Lunatic asylums Bombay report 1891-1903 - 1891-1903
Year: 1891
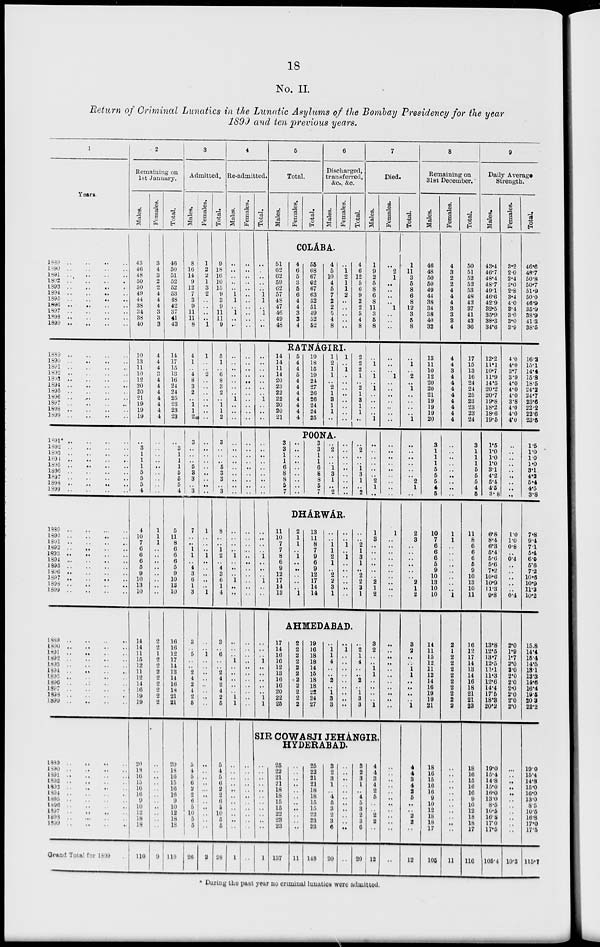
18
No. II.
Return of Criminal Lunatics in the Lunatic Asylums of the Bombay Presidency for the year
1899 and ten previous years.
1
Years.
1889 .. .. .. ..
1890 .. .. .. ..
1891 .. .. .. ..
1892 .. .. .. ..
1893 .. .. .. ..
1894 .. .. .. ..
1895 .. .. .. ..
1896
..
..
..
..
1897
..
..
..
..
1898 .. .. .. ..
1899
..
..
..
..
1889 .. .. .. ..
1890 .. .. .. ..
1891
..
..
..
..
1892 .. .. .. ..
1893 .. .. .. ..
1894
..
..
..
..
1895 .. .. .. ..
1896.. .. .. ..
1897
..
..
..
..
1898
..
..
..
..
1899 .. .. .. ..
1891* .. .. .. ..
1892
..
..
..
..
1893
..
..
..
..
1894 .. .. .. ..
1895
..
..
..
..
1896
..
..
..
..
1897
..
..
..
..
1898 .. .. .. ..
1999
..
..
..
..
1889 .. .. .. ..
1890
..
..
..
..
1891
..
..
..
..
1892
..
..
..
..
1693
..
..
..
..
1894
..
..
..
..
1895
..
..
..
..
1896
..
..
..
..
1897
..
..
..
..
1898
..
..
..
..
1899
..
..
..
..
1889 .. .. .. ..
1890 .. .. .. ..
1891
..
..
..
..
1892
..
..
..
..
1893
..
..
..
..
1894
..
..
..
..
1895
..
..
..
..
1896 .. .. .. ..
1897 .. .. .. ..
1898
..
..
..
..
1899
..
..
..
..
1889 .. .. .. ..
1890
..
..
..
..
1891.. .. .. ..
1892
..
..
..
..
1893
..
..
..
..
1894
..
..
..
..
1895
..
..
..
..
1896
..
..
..
..
1897.. .. .. ..
1898
..
..
..
..
1899..
..
..
..
Grand Total for 1899 ..
2
Remaining on
1st January.
Males.
43
46
48
50
50
49
44
38
34
88
40
10
13
11
10
12
20
20
21
19
19
19
..
3
1
1
1
5
5
5
4
4
10
7
6
6
6
5
9
10
13
10
14
14
11
15
12
11
12
14
16
19
19
20
18
16
15
16
16
9
10
12
18
18
110
Females.
3
4
3
2
2
4
4
4
3
3
3
4
4
4
3
4
4
4
4
4
4
4
..
..
..
..
..
..
..
..
..
1
1
1
..
..
..
..
..
..
..
..
2
2
1
2
2
2
2
2
2
2
2
..
..
..
..
..
..
..
..
..
..
..
9
Total.
46
50
51
52
52
53
48
42
37
41
43
14
17
15
13
16
24
24
25
23
23
23
..
3
1
1
1
5
5
5
4
5
11
8
6
6
6
5
9
10
13
10
16
16
12
17
14
13
14
16
18
21
21
20
18
16
15
16
16
9
10
12
18
18
119
3
Admitted.
Males.
8
16
14
9
12
7
3
9
11
11
8
4
1
..
4
8
3
2
..
1
1
2
3
..
..
..
5
3
3
..
3
7
..
..
1
1
..
4
3
6
1
3
3
..
5
..
..
2
4
2
4
2
5
5
4
5
6
2
2
6
5
10
5
5
26
Females.
1
2
2
1
3
2
..
..
..
..
1
1
..
..
2
..
..
..
..
..
..
..
..
..
..
..
..
..
..
..
..
1
..
..
..
1
..
..
..
..
..
1
..
..
..
..
..
..
..
..
..
..
..
..
..
..
..
..
..
..
..
..
..
..
2
Total.
9
18
16
10
15
9
3
9
11
11
9
5
1
..
6
8
3
2
..
1
1
2
3
..
..
..
5
3
3
..
3
8
..
..
1
2
..
4
3
6
1
4
3
..
6
..
..
2
4
2
4
2
5
5
4
5
6
2
2
6
5
10
5
5
28
4
Re-admitted.
Males.
..
..
..
..
..
1
1
..
1
..
..
..
..
..
..
..
..
..
1
..
..
..
..
..
..
..
..
..
..
..
..
..
..
..
..
1
..
..
..
1
..
..
..
..
..
1
..
..
..
..
..
1
1
..
..
..
..
..
..
..
..
..
..
..
1
Females.
..
..
..
..
..
..
..
..
..
..
..
..
..
..
..
..
..
..
..
..
..
..
..
..
..
..
..
..
..
..
..
..
..
..
..
..
..
..
..
..
..
..
..
..
..
..
..
..
..
..
..
..
..
..
..
..
..
..
..
..
..
..
..
..
..
Total.
..
..
..
..
..
1
1
..
1
..
..
..
..
..
..
..
..
..
1
..
..
..
..
..
..
..
..
..
..
..
..
..
..
1
..
..
..
1
..
..
..
..
..
1
..
..
..
..
..
1
1
5
Total.
Males.
Females.
Total.
6
Discharged,
transferred,
&c., &c.
Males.
Females.
Total.
COLÁBA.
51
62
62
59
62
57
48
47
46
49
48
4
6
5
3
5
6
4
4
3
3 4
55
68
67
62
67
63
52
51
49
52
52
4
5
10
4
5
7
2
2
5
4
8
..
1
2
1
1
2
..
..
..
..
..
4
6
12
6
6
9
2
2
5
4
8
RATNÁGIRI
14
14
11
14
20
23
22
22
20
20
21
5
4
4
5
4
4
4
4
4
4
4
19
18
15
19
24
27
26
26
24
24
25
1
2
1
1
..
2
1
3
1
1
..
1
..
1
..
..
..
..
..
..
..
..
2
2
2
1
..
2
1
3
1
1
..
POONA.
3
3
1
1
6
8
8
5
7
..
..
..
..
..
..
..
..
..
3
3
1
1
6
8
8
5
7
..
2
..
..
1
3
1
..
..
..
..
..
..
..
..
..
..
..
..
2
..
..
1
3
1
..
..
DHÁRWÁR.
11
10
7
7
8
6
9
12
17
14
13
2
1
1
..
1
..
..
..
..
..
1
13
11
8
7
9
6
9
12
17
14
14
..
..
1
1
2
1
..
2
2
3
1
..
..
1
..
1
..
..
..
..
..
..
..
..
2
1
3
1
..
2
2
3
1
7
Died.
Males.
1
9
2
5
8
6
8
11
3
5
8
..
1
..
1
..
1
..
..
..
..
1
..
..
..
..
..
..
2
1
..
1
3
..
..
..
..
..
..
2
1
2
AHMEDABAD.
17
14
16
16
12
13
16
16
20
22
25
2
2
2
2
2
2
2
2
2
2
2
19
16
18
18
14
15
18
18
22
24
27
..
1
1
4
..
..
2
..
1
3
3
..
1
..
..
..
..
..
..
..
..
..
..
2
1
4
..
..
2
..
1
3
3
3
2
..
..
1
1
..
..
..
..
1
SIR COWASJI JEHÁNGIR,
HYDERABAD.
..
..
..
..
..
..
..
..
..
..
..
1
25
22
21
21
18
18
15
15
22
23
23
137
..
..
..
..
..
..
..
..
..
..
..
11
25
22
21
21
18
18
15
15
22
23
23
148
3
2
3
1
..
4
5
3
2
3
6
20
..
..
..
..
..
..
..
..
..
..
..
..
3
2
3
1
..
4
5
3
2
3
6
20
4
4
3
4
2
5
..
..
2
2
..
12
Females.
..
2
1
..
..
..
..
1
..
..
..
..
..
..
1
..
..
..
..
..
..
..
..
..
..
..
..
..
..
..
..
1
..
..
..
..
..
..
..
..
..
..
..
..
..
..
..
..
..
..
..
..
..
..
..
..
..
..
..
..
..
..
..
..
..
Total.
1
11
3
5
8
6
8
12
3
5
8
..
1
..
2
..
1
..
..
..
..
1
..
..
..
..
..
..
2
1
..
2
3
..
..
..
..
..
..
2
1
2
3
2
..
..
1
1
..
..
..
..
1
4
4
3
4
2
5
..
..
2
2
..
12
8
Remaining on
31st December.
Males.
46
48
50
50
49
44
38
34
38
40
32
13
11
10
12
20
20
21
19
19
19
20
3
1
1
1
5
5
5
4
5
10
7
6
6
6
5
9
10
13
10
10
14
11
15
12
11
12
14
16
19
19
21
18
16
15
16
16
9
10
12
18
18
17
105
Females.
4
3
2
2
4
4
4
3
3
3
4
4
4
3
4
4
4
4
4
4
4
4
..
..
..
..
..
..
..
..
..
1
1
..
..
..
..
..
..
..
..
1
2
1
2
2
2
2
2
2
2
2
2
..
..
..
..
..
..
..
..
..
..
..
11
Total.
50
61
52
52
53
48
42
37
41
43
36
17
15
13
16
24
24
25
23
23
23
24
3
1
1
1
5
5
5
4
5
11
8
6
6
6
5
9
10
13
10
11
16
12
17
14
13
14
16
18
21
21
23
18
16
15
16
16
9
10
12
18
18
17
116
9
Daily Average
Strength.
Males.
43.4
46.7
48.4
48.7
49.1
46.6
42.9
32.5
35.9
38.3
34.6
12.2
11.1
10.7
11.9
14.5
20.2
20.7
19.8
18.2
18.6
19.5
1.5
1.0
1.0
1.0
3.1
4.2
5.4
4.5
3.8
6.8
8.4
6.3
5.4
5.6
5.6
7.2
10.6
10.9
11.3
9.8
13.8
12.5
13.7
12.5
11.1
11.3
12.6
14.4
17.5
18.3
20.2
19.0
15.4
14.8
15.0
16.0
13.0
8.5
10.5
16.8
17.0
17.5
105.4
Females.
3.2
2.0
2.4
2.0
2.8
3.4
4.0
3.4
3.0
3.0
3.9
4.0
4.0
3.7
3.9
4.0
4.0
4.0
3.8
4.0
4.0
4.0
..
..
..
..
..
..
..
..
..
1.0
1.0
0.8
..
0.4
..
..
..
..
..
0.4
2.0
1.9
1.7
2.0
2.0
2.0
2.0
2.0
2.0
2.0
2.0
..
..
..
..
..
..
..
..
..
..
..
10.3
Total.
46.6
48.7
50.8
50.7
51.9
50.0
46.9
35.9
38.9
41.3
38.5
16.2
15.1
14.4
16.8
18.5
24.2
24.7
23.6
22.2
22.6
23.5
1.5
1.0
1.0
1.0
3.1
4.2
5.4
4.5
3.8
7.8
9.4
7.1
5.4
6.0
5.6
7.2
10.5
10.9
11.3
10.2
15.8
14.4
15.4
14.5
13.1
13.3
14.6
16.4
19.5
20.3
22.2
19.0
15.4
14.8
15.0
16.0
13.0
8.5
10.5
16.8
17.0
17.5
115.7
* During the past year no criminal lunatics were admitted.